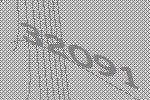
32091